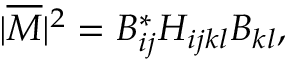
| \overline { { { { \cal M } } } } | ^ { 2 } = B _ { i j } ^ { * } H _ { i j k l } B _ { k l } ,